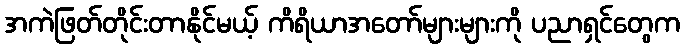
အကဲဖြတ်တိုင်းတာနိုင်မယ့် ကိရိယာအတော်များများကို ပညာရှင်တွေက